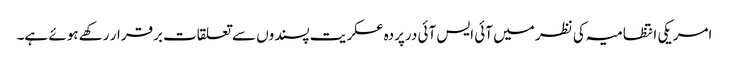
امریکی انتظامیہ کی نظر میں آئی ایس آئی درپردہ عسکریت پسندوں سے تعلقات برقرار رکھے ہوئے ہے۔